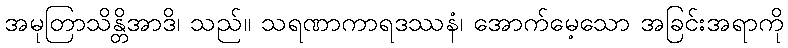
အမုတြာသိန္တိအာဒိ၊ သည်။ သရဏာကာရဒဿနံ၊ အောက်မေ့သော အခြင်းအရာကို